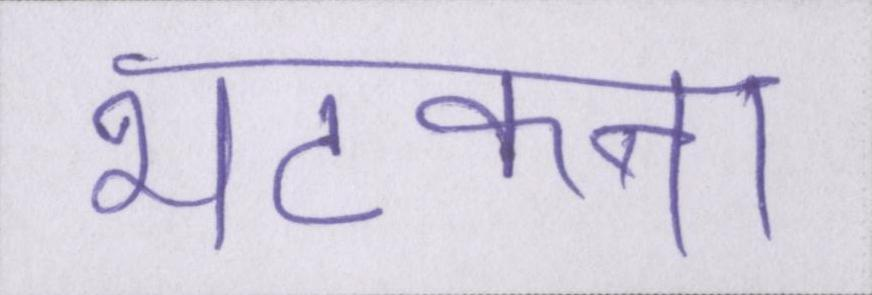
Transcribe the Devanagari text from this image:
भटकना